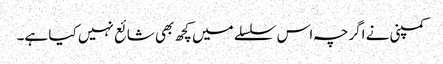
کمپنی نے اگرچہ اس سلسلے میں کچھ بھی شائع نہیں کیا ہے۔